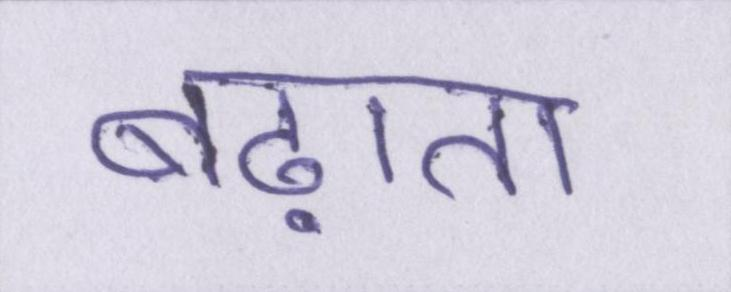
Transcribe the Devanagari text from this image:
बढ़ाता